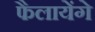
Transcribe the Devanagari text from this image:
फैलायेंगे